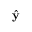
\hat { \mathbf { y } }